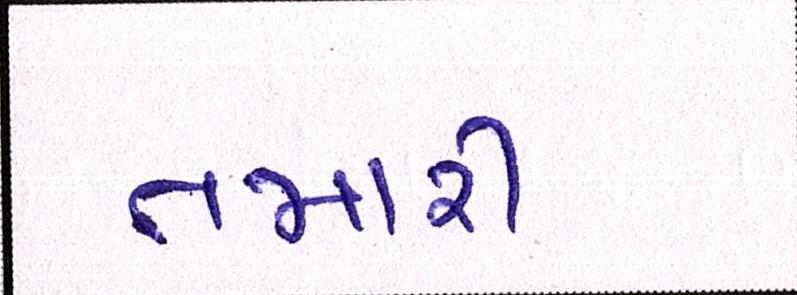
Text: તમારી